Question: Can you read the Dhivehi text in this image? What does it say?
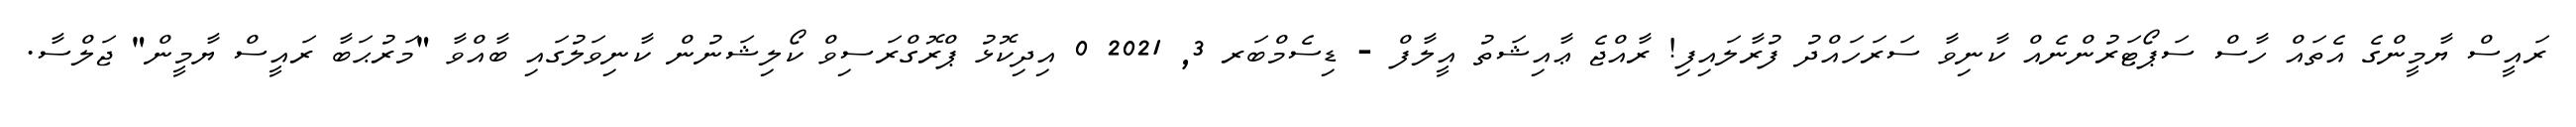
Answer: ރައީސް ޔާމީންގެ އެތައް ހާސް ސަޕޯޓަރުންނެއް ކާނިވާ ސަރަހައްދު ފުރާލައިފި! ރާއްޖެ ޢާއިޝަތު އީލާފް - ޑިސެމްބަރ 3, 2021 0 އިދިކޮޅު ޕްރޮގްރަސިވް ކޯލިޝަނުން ކާނިވަލުގައި ބާއްވާ "މަރުޙަބާ ރައީސް ޔާމީން" ޖަލްސާ.